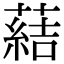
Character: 𦺢